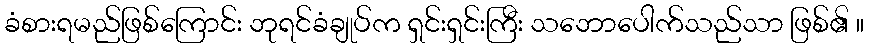
ခံစားရမည်ဖြစ်ကြောင်း ဘုရင်ခံချုပ်က ရှင်းရှင်းကြီး သဘောပေါက်သည်သာ ဖြစ်၏ ။